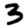
Digit: 3